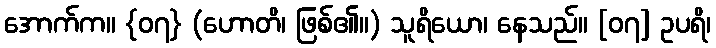
အောက်က။ {၀၇} (ဟောတိ၊ ဖြစ်၏။) သူရိယော၊ နေသည်။ [၀၇] ဥပရိ၊